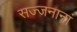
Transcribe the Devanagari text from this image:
सज्जनानां